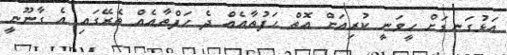
އަޅުގަނޑަށް ހީވަނީ ކުރިއަށް އޮތް ހަފުތާއެއް ދެ ހަފްތާއެއް ތެރޭގައި އެ ގާނޫނީ